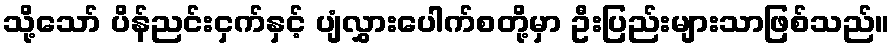
သို့သော် ပိန်ညင်းငှက်နှင့် ပျံလွှားပေါက်စတို့မှာ ဦးပြည်းများသာဖြစ်သည်။